Civil Veterinary Department Bihar reports 1936-40 - 1936-1940
Year: 1936
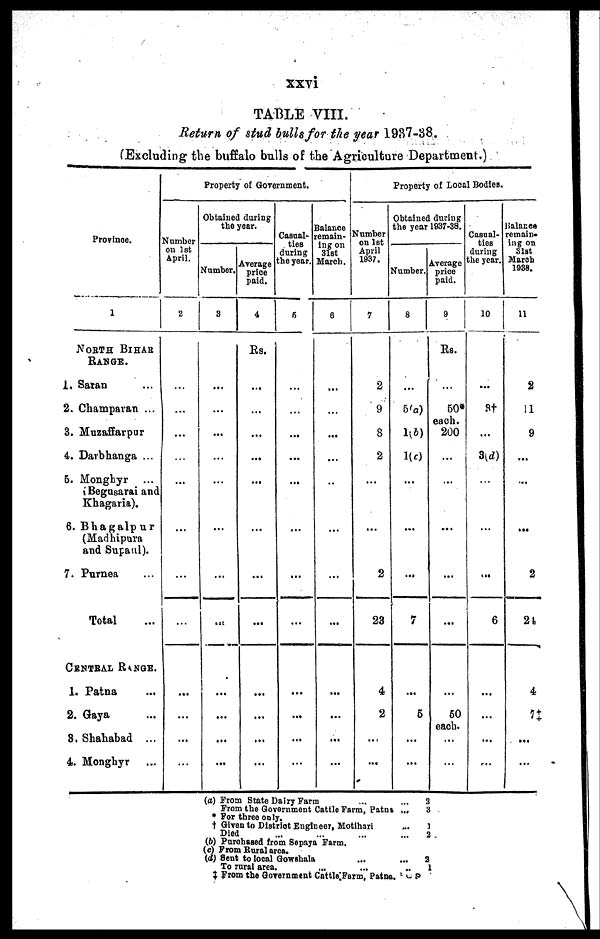
xxvi
TABLE VIII.
Return of stud bulls for the year 1937-38.
(Excluding the buffalo bulls of the Agriculture Department.)
Province.
1
NORTH BIHAR
RANGE..
1. Saran ...
2. Champaran ...
3. Muzaffarpur
4. Darbhanga ...
5. Monghyr ...
Begasarai and
Khagaria).
6. Bhagalpur
(Madhipura
and Supaul).
7. Purnea ...
Total ...
CENTRAL RANGE
1. Patna ...
2. Gaya ...
3. Shahabad ...
4. Monghyr ...
Property of Government.
Number
on 1st
April.
2
...
...
...
...
...
...
...
...
...
...
...
...
Obtained daring
the year.
Number.
3
...
...
...
...
...
...
...
...
...
...
...
...
Average
price
paid.
4
Rs.
...
...
...
...
...
...
...
...
...
...
...
...
Casual-
ties
during
the year.
5
...
...
...
...
...
...
...
...
...
...
...
...
Balance
remain-
ing on
31st
March.
6
...
...
...
...
...
...
...
...
...
...
...
...
Property of Local Bodies.
Number
on 1st
April
1937.
7
2
9
8
2
...
...
2
23
4
2
...
...
Obtained during
the year 1937-38.
Number.
8
...
5(a)
1(b)
1(c)
...
...
...
7
...
5
...
...
Average
price
paid.
9
Rs.
...
50
each.
200
...
...
...
...
...
...
50
each.
...
...
Casual-
ties
during
the year.
10
...
3†
...
3(d)
...
...
...
6
...
...
...
...
Balance
remain-
ing on
31st
March
1936.
11
2
11
9
...
...
...
2
24
4
7‡
...
...
(a) From State Dairy Farm ... ...
From the Government Cattle Farm, Patna ...
* For three only.
† Given to District Engineer, Motihari ...
Died ... ... ... ...
(b) Purchased from Sepaya Farm.
(c) From Rural area.
(d) Sent to local Gowshala ... ...
To rural area. ... ... ...
‡ From the Government Cattle Farm, Patna.
3
3
1
2
2
1